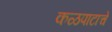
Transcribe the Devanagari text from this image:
कळपाटाचे